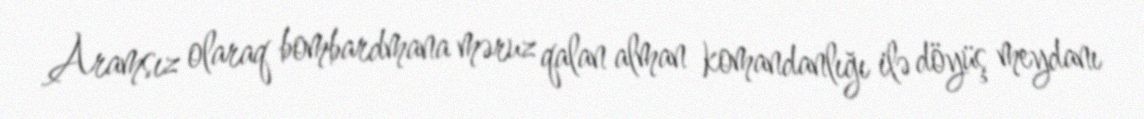
Aramsız olaraq bombardmana məruz qalan alman komandanlığı ilə döyüş meydanı